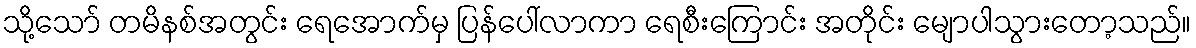
သို့သော် တမိနစ်အတွင်း ရေအောက်မှ ပြန်ပေါ်လာကာ ရေစီးကြောင်း အတိုင်း မျောပါသွားတော့သည်။